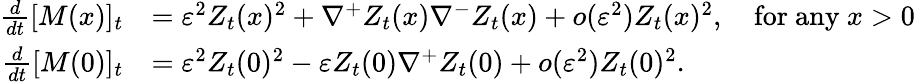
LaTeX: \begin{array}{rl}{\frac{d}{dt}[M(x)]_{t}}&{=\varepsilon^{2}Z_{t}(x)^{2}+\nabla^{+}Z_{t}(x)\nabla^{-}Z_{t}(x)+o(\varepsilon^{2})Z_{t}(x)^{2},\quad\mathrm{for~any~}x>0}\\ {\frac{d}{dt}[M(0)]_{t}}&{=\varepsilon^{2}Z_{t}(0)^{2}-\varepsilon Z_{t}(0)\nabla^{+}Z_{t}(0)+o(\varepsilon^{2})Z_{t}(0)^{2}.}\end{array}